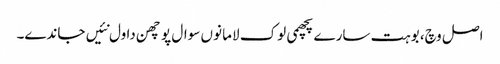
اصل وچ، بوہت سارے پچھمی لوک لاما نوں سوال پوچھن دا ول نئیں جاندے۔